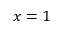
x = 1